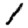
Digit: 1